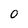
Character: 0